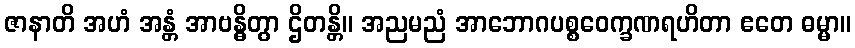
ဇာနာတိ အဟံ အန္တံ အာဗန္ဓိတွာ ဌိတန္တိ။ အညမညံ အာဘောဂပစ္စဝေက္ခဏရဟိတာ ဧတေ ဓမ္မာ။